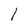
Character: l